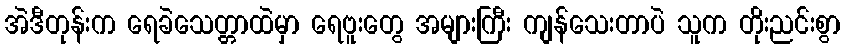
အဲဒီတုန်းက ရေခဲသေတ္တာထဲမှာ ရေဗူးတွေ အများကြီး ကျန်သေးတာပဲ သူက တိုးညင်းစွာ